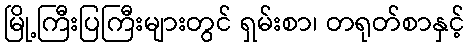
မြို့ကြီးပြကြီးများတွင် ရှမ်းစာ၊ တရုတ်စာနှင့်